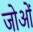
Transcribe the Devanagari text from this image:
जोओं